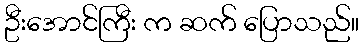
ဦးအောင်ကြီး က ဆက် ပြောသည်။